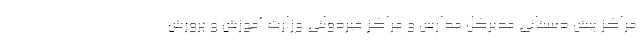
مراکز پیش دبستانی مدیرکل مدارس و مراکز غیردولتی وزارت آموزش و پرورش